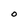
Character: O